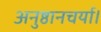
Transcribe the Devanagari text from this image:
अनुष्ठानचर्या।